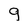
Character: 9